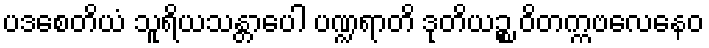
ပဒစေတိယံ သူရိယသန္တာပေါ ပဏ္ဍရာတိ ဒုတိယဉ္စ ဝိတက္ကဗလေနေဝ